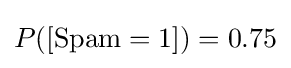
P([{\text{Spam}}=1])=0.75